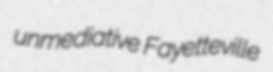
unmediative Fayetteville